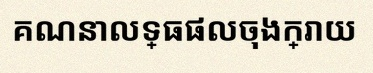
គណនាលទ្ធផលចុងក្រោយ